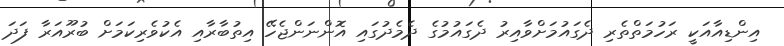
އިންޑިއާއަކީ ރަހުމަތްތެރި ދެގައުމަށްވާއިރު ދެގައުމުގެ ދެމެދުގައި އޮންނަންޖެހޭ އިތުބާރާއި އެކުވެރިކަމަށް ބުރޫއަރާ ފަދަ